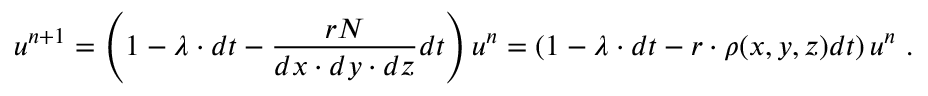
u ^ { n + 1 } = \left( 1 - \lambda \cdot d t - \frac { r N } { d x \cdot d y \cdot d z } d t \right) u ^ { n } = \left( 1 - \lambda \cdot d t - r \cdot \rho ( x , y , z ) d t \right) u ^ { n } \ .